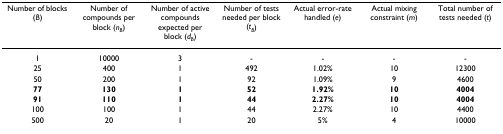
<table><thead><tr><td><b>Number of blocks (<i>B</i>)</b></td><td><b>Number of compounds per block (<i>n</i><sub><i>B</i></sub>)</b></td><td><b>Number of active compounds expected per block (<i>d</i><sub><i>B</i></sub>)</b></td><td><b>Number of tests needed per block (<i>t</i><sub><i>B</i></sub>)</b></td><td><b>Actual error-rate handled (<i>e</i>)</b></td><td><b>Actual mixing constraint (<i>m</i>)</b></td><td><b>Total number of tests needed (<i>t</i>)</b></td></tr></thead><tbody><tr><td>1</td><td>10000</td><td>3</td><td>-</td><td>-</td><td>-</td><td>-</td></tr><tr><td>25</td><td>400</td><td>1</td><td>492</td><td>1.02%</td><td>10</td><td>12300</td></tr><tr><td>50</td><td>200</td><td>1</td><td>92</td><td>1.09%</td><td>9</td><td>4600</td></tr><tr><td><b>77</b></td><td><b>130</b></td><td><b>1</b></td><td><b>52</b></td><td><b>1.92%</b></td><td><b>10</b></td><td><b>4004</b></td></tr><tr><td><b>91</b></td><td><b>110</b></td><td><b>1</b></td><td><b>44</b></td><td><b>2.27%</b></td><td><b>10</b></td><td><b>4004</b></td></tr><tr><td>100</td><td>100</td><td>1</td><td>44</td><td>2.27%</td><td>10</td><td>4400</td></tr><tr><td>500</td><td>20</td><td>1</td><td>20</td><td>5%</td><td>4</td><td>10000</td></tr></tbody></table>